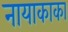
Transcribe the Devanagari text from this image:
नायाकाका